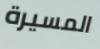
المسيرة